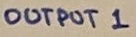
Text: OUTPUT 1